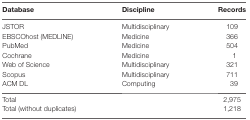
| Database | Discipline | Records |
 | --- | --- | --- |
 | JSTOR | Multidisciplinary | 109 |
 | EBSCOhost (MEDLINE) | Medicine | 366 |
 | PubMed | Medicine | 504 |
 | Cochrane | Medicine | 1 |
 | Web of Science | Multidisciplinary | 321 |
 | Scopus | Multidisciplinary | 711 |
 | ACM DL | Computing | 39 |
 | <COLSPAN=2> Total | 2,975 |
 | <COLSPAN=2> Total (without duplicates) | 1,218 |